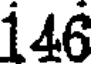
146